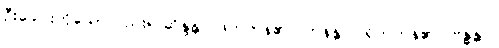
ဦးခေါင်းကိုသော်လည်း။ ဆိန္ဒန္တိ၊ ဖြတ်ကုန်၏။ ဟနန္တိပိ၊ ရိုက်ကုန်၏။ ဗန္ဓန္တိပိ၊